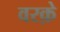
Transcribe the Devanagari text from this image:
वरक़े